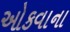
ઓકવાના